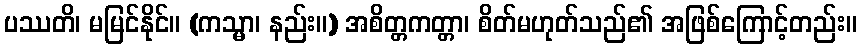
ပဿတိ၊ မမြင်နိုင်။ (ကသ္မာ၊ နည်း။) အစိတ္တကတ္တာ၊ စိတ်မဟုတ်သည်၏ အဖြစ်ကြောင့်တည်း။